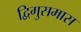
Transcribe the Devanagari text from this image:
द्विगुसमास